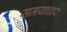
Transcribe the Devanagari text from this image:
समयाधार